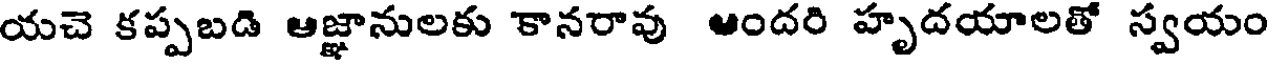
యచె కప్పబడి ఆజ్ఞానులకు కానరావు ఆందరి హృదయాలతో స్వయం